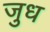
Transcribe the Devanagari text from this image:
जुध